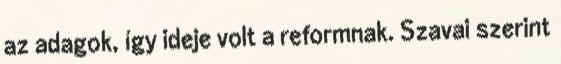
az adagok, így ideje volt a reformnak. Szavai szerint